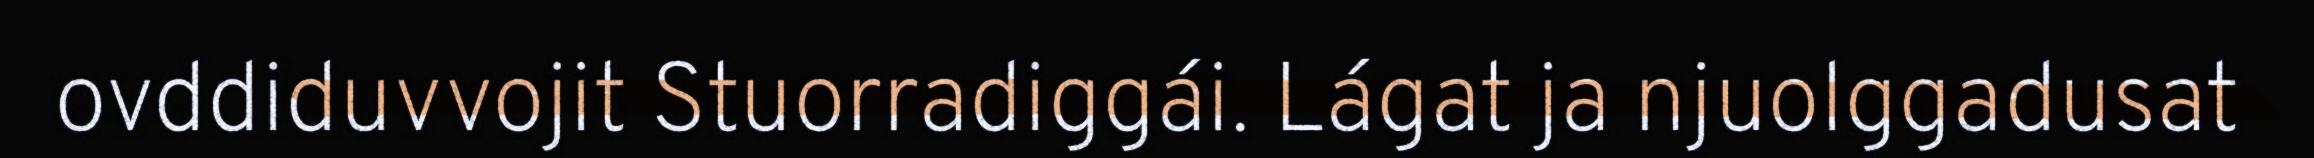
ovddiduvvojit Stuorradiggái. Lágat ja njuolggadusat